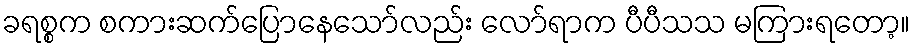
ခရစ္စက စကားဆက်ပြောနေသော်လည်း လော်ရာက ပီပီသသ မကြားရတော့။